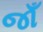
જાઁ